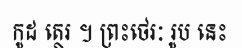
កូដ ត្ថេរ ។ ព្រះថេរៈ រូប នេះ